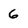
Character: 6